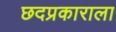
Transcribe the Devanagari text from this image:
छदप्रकाराला